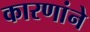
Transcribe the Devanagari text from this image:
कारणांने